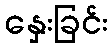
နှေးခြင်း